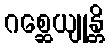
ဂစ္ဆေယျုန္တိ